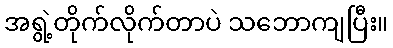
အရွဲ့တိုက်လိုက်တာပဲ သဘောကျပြီး။